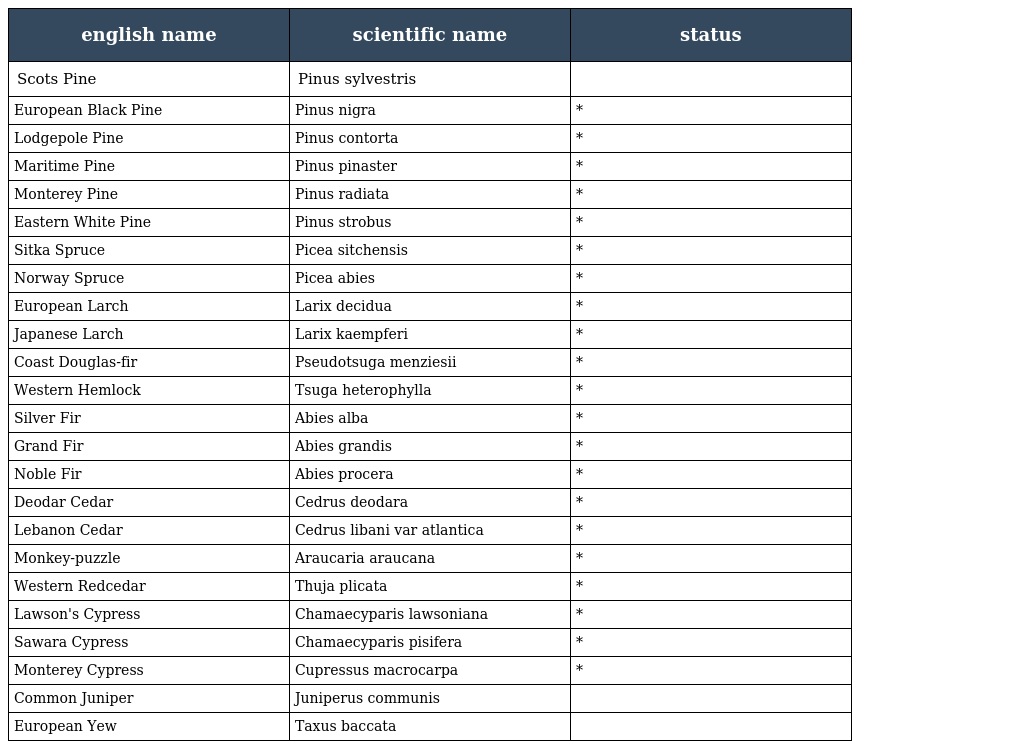
| english name | scientific name | status |
 | --- | --- | --- |
 | Scots Pine | Pinus sylvestris |  |
 | European Black Pine | Pinus nigra | * |
 | Lodgepole Pine | Pinus contorta | * |
 | Maritime Pine | Pinus pinaster | * |
 | Monterey Pine | Pinus radiata | * |
 | Eastern White Pine | Pinus strobus | * |
 | Sitka Spruce | Picea sitchensis | * |
 | Norway Spruce | Picea abies | * |
 | European Larch | Larix decidua | * |
 | Japanese Larch | Larix kaempferi | * |
 | Coast Douglas-fir | Pseudotsuga menziesii | * |
 | Western Hemlock | Tsuga heterophylla | * |
 | Silver Fir | Abies alba | * |
 | Grand Fir | Abies grandis | * |
 | Noble Fir | Abies procera | * |
 | Deodar Cedar | Cedrus deodara | * |
 | Lebanon Cedar | Cedrus libani var atlantica | * |
 | Monkey-puzzle | Araucaria araucana | * |
 | Western Redcedar | Thuja plicata | * |
 | Lawson's Cypress | Chamaecyparis lawsoniana | * |
 | Sawara Cypress | Chamaecyparis pisifera | * |
 | Monterey Cypress | Cupressus macrocarpa | * |
 | Common Juniper | Juniperus communis |  |
 | European Yew | Taxus baccata |  |